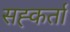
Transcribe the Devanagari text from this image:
सह्कर्ता